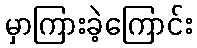
မှာကြားခဲ့ကြောင်း